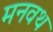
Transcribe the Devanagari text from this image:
मनवथ